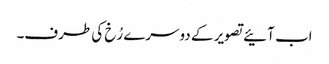
اب آئیے تصویر کے دوسرے رُخ کی طرف۔